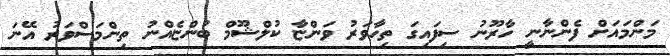
މަންމައަށް ފެންނާނީ ހާރޫނު ސިފައިގަ ތިހާވަރު ވަންޏާ ކުލްޝޫމް ބުންޏެއްނު ތިންމަސްވަރު އޭނަ